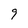
Character: 9